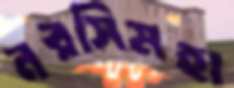
নরসিমহা